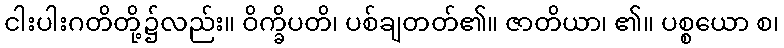
ငါးပါးဂတိတို့၌လည်း။ ဝိက္ခိပတိ၊ ပစ်ချတတ်၏။ ဇာတိယာ၊ ၏။ ပစ္စယော စ၊